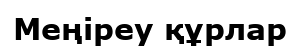
Меңіреу құрлар